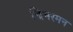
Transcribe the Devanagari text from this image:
झिमरमन